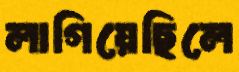
লাগিয়েছিলে